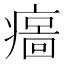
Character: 𤹦